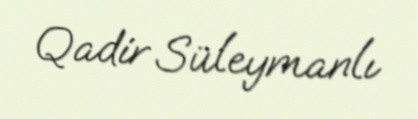
Qadir Süleymanlı